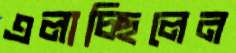
এলাচ্ছিলেন